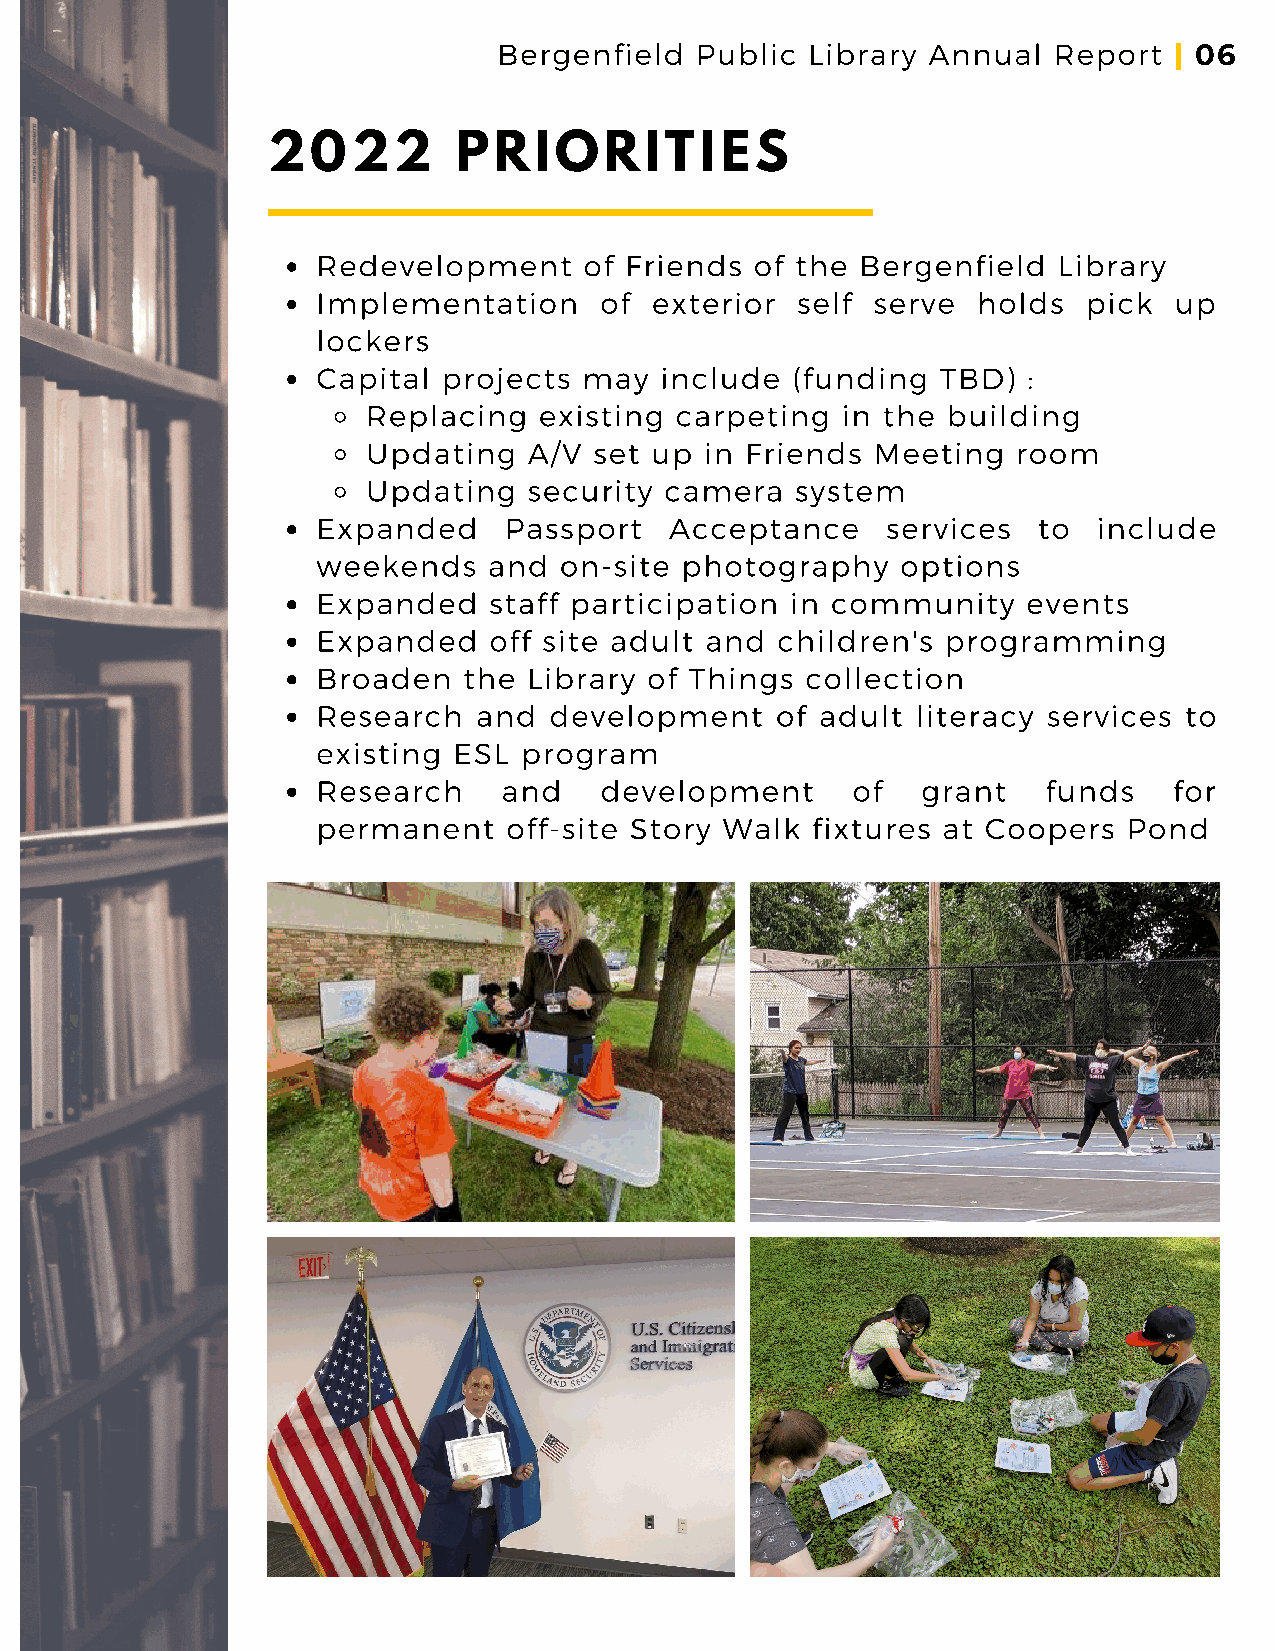
Bergenfield  Public  Library Annual  Report
 | 06
 2022        PRIORITIES
 Redevelopment     of Friends of the Bergenfield  Library
 Implementation     of exterior  self serve  holds  pick  up
 lockers
 Capital projects  may  include (funding  TBD)  :
 Replacing   existing carpeting  in the building
 Updating   A/V set up  in Friends Meeting  room
 Updating   security camera   system
 Expanded    Passport   Acceptance     services  to  include
 weekends   and  on-site photography    options
 Expanded   staff participation in community    events
 Expanded   off site adult and children's  programming
 Broaden   the Library of Things collection
 Research   and development    of adult  literacy services to
 existing ESL program
 Research    and    development     of   grant   funds    for
 permanent    off-site Story Walk fixtures at Coopers  Pond